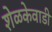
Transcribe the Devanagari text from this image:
शेळकेवाडी